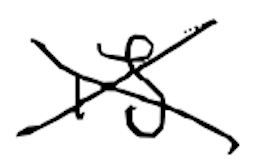
Text: is
Cross-out: cross
Writing tool: digital_black